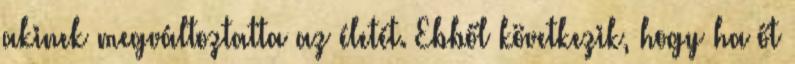
akinek megváltoztatta az életét. Ebből következik, hogy ha őt